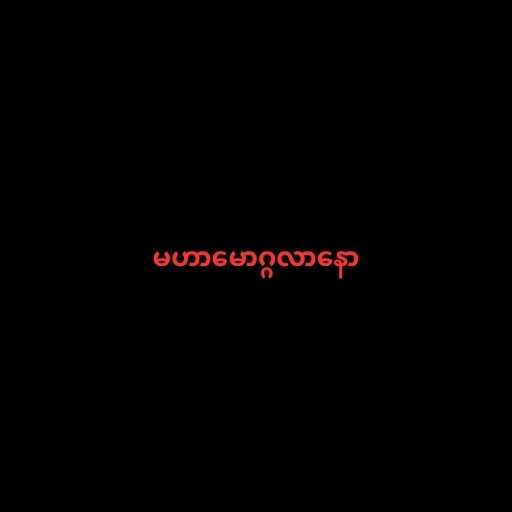
မဟာမောဂ္ဂလာနော